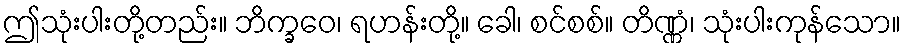
ဤသုံးပါးတို့တည်း။ ဘိက္ခဝေ၊ ရဟန်းတို့။ ခေါ၊ စင်စစ်။ တိဏ္ဏံ၊ သုံးပါးကုန်သော။